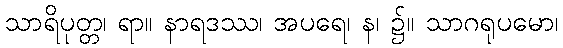
သာရိပုတ္တ၊ ရာ။ နာရဒဿ၊ အပရေ၊ န၊ ၌။ သာဂရုပမော၊